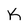
Character: K